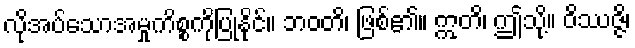
လိုအပ်သောအမှုကိစ္စကိုပြုနိုင်။ ဘဝတိ၊ ဖြစ်၏။ ဣတိ၊ ဤသို့။ ဝိဿဇ္ဇိ၊